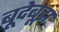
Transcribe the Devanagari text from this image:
बूदेबूझ